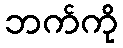
ဘက်ကို